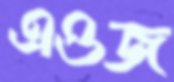
এওজ